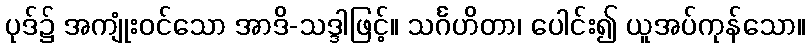
ပုဒ်၌ အကျုံးဝင်သော အာဒိ-သဒ္ဒါဖြင့်။ သင်္ဂဟိတာ၊ ပေါင်း၍ ယူအပ်ကုန်သော။